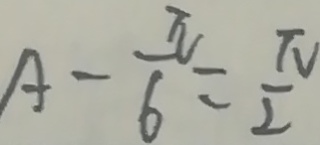
A - \frac { \pi } { 6 } = \frac { \pi } { 2 }